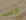
كتب